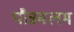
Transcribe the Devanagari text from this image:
पौन्नबलम